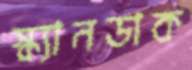
স্ক্যানডাক